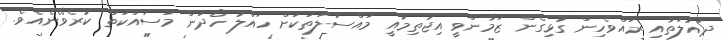
ދައުލަތާއި ރައްވެހިން ގުޅިގެން ޒަމާންވީ އިޖުތިމާއީ މައްސަލަތަކަށް ހައްލު ހޯދަން މަސައްކަތް ކުރެވޭނެއެވެ.